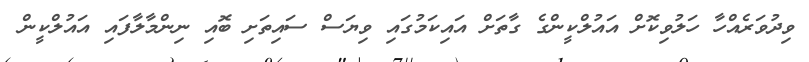
ވިދުވަރެއްހާ ހަލުވިކޮށް އައުލްކީންގެ ގާތަށް އައިކަމުގައި ވިޔަސް ސައިތަށި ބޮއި ނިންމާލާފައި އައުލްކީން